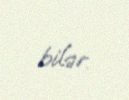
bilər.